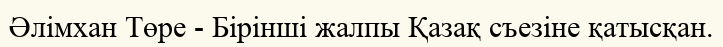
Әлімхан Төре - Бірінші жалпы Қазақ съезіне қатысқан.